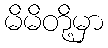
မိမိတို့မှာ